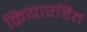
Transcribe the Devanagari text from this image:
क्रियारहित